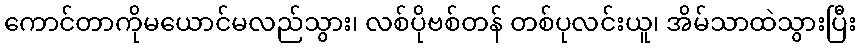
ကောင်တာကိုမယောင်မလည်သွား၊ လစ်ပိုဗစ်တန် တစ်ပုလင်းယူ၊ အိမ်သာထဲသွားပြီး